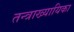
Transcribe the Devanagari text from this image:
तन्त्राख्यायिका